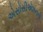
એસોસીએશનની